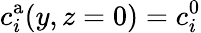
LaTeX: c_{i}^{\mathrm{a}}(y,z=0)=c_{i}^{\mathrm{0}}